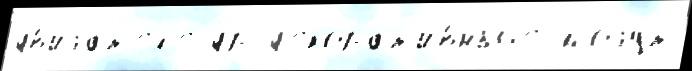
дв'и́гат'ел'е др д'екорат'и́вныjе мо́гут